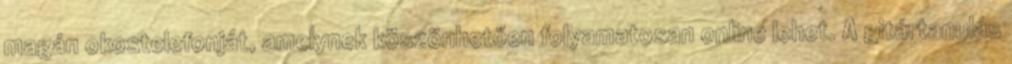
magán okostelefonját, amelynek köszönhetően folyamatosan online lehet. A gitártanulás